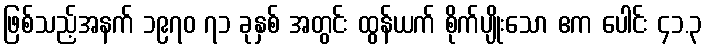
ဖြစ်သည့်အနက် ၁၉၇၀ ၇၁ ခုနှစ် အတွင်း ထွန်ယက် စိုက်ပျိုးသော ဧက ပေါင်း ၄၁.၃